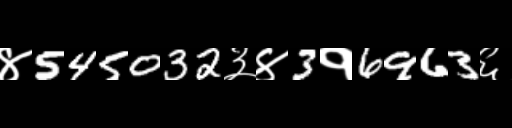
Text: ४545032३४3१6963६